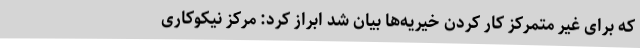
که برای غیر متمرکز کار کردن خیریه‌ها بیان شد ابراز کرد: مرکز نیکوکاری